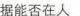
据能否在人